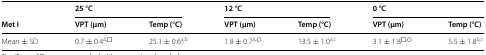
<table><thead><tr><td></td><td colspan="2"><b>25 °C</b></td><td colspan="2"><b>12 °C</b></td><td colspan="2"><b>0 °C</b></td></tr><tr><td><b>Met I</b></td><td><b>VPT (μm)</b></td><td><b>Temp (°C)</b></td><td><b>VPT (μm)</b></td><td><b>Temp (°C)</b></td><td><b>VPT (μm)</b></td><td><b>Temp (°C)</b></td></tr></thead><tbody><tr><td>Mean ± SD</td><td>0.7 ± 0.4<sup>∆,□</sup></td><td>25.1 ± 0.6<sup>a,b</sup></td><td>1.8 ± 0.7<sup>∆,○</sup></td><td>13.5 ± 1.0<sup>a,c</sup></td><td>3.1 ± 1.8<sup>□,○</sup></td><td>5.5 ± 1.8<sup>b,c</sup></td></tr></tbody></table>